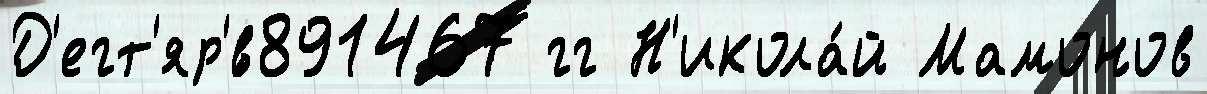
Д'егт'яр'́в891467 гг Н'икола́й Мамонов